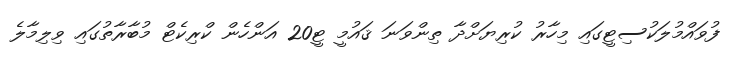
ފުވައްމުލަކުސިޓީގައި މިހާރު ކުރިޔަށްދާ ތިންވަނަ ޤައުމީ ޓީ20 އަންހެން ކްރިކެޓް މުބާރާތުގައި ވިލިމާލެ